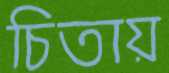
চিতায়